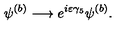
\psi ^ { ( b ) } \longrightarrow e ^ { i \varepsilon \gamma _ { 5 } } \psi ^ { ( b ) } .